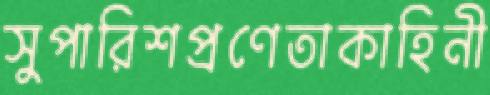
সুপারিশপ্রণেতাকাহিনী